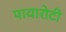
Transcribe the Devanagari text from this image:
पावारोटी